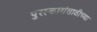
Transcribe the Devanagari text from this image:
पुरस्कारांसाठीच्या